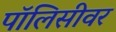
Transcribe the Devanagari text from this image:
पॉलिसीवर